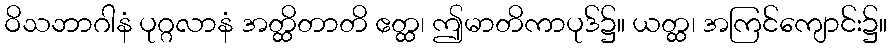
ဝိသဘာဂါနံ ပုဂ္ဂလာနံ အတ္ထိတာတိ ဧတ္ထ၊ ဤမာတိကာပုဒ်၌။ ယတ္ထ၊ အကြင်ကျောင်း၌။